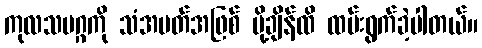
ကုလသမဂ္ဂကို သံအမတ်အဖြစ် ပို့ချိန်ထိ ထမ်းရွက်ခဲ့ပါတယ်။